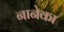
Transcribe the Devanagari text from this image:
नानेका